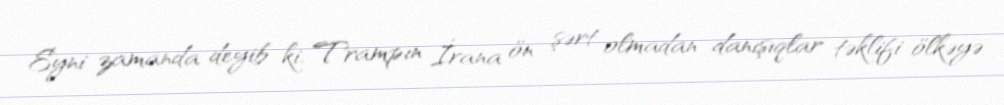
Eyni zamanda deyib ki, Trampın İrana ön şərt olmadan danışıqlar təklifi ölkəyə